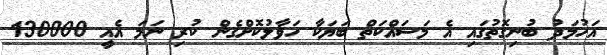
އަހުމަދު ބުނިގޮތުގައި އެ މަސައްކަތް ބަޔަކާ ހަވާލުކޮށްގެން ކުރި ނަމަ އެއީ 130000